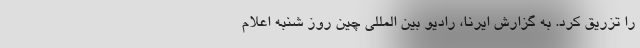
را تزریق کرد. به گزارش ایرنا، رادیو بین المللی چین روز شنبه اعلام